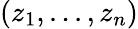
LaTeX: (z_{1},...,z_{n})